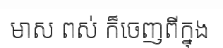
មាស ពស់ ក៏ចេញពីក្នុង